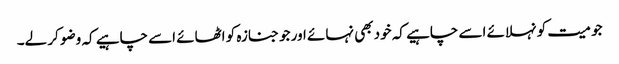
جو میت کو نہلائے اسے چاہیے کہ خود بھی نہائے اور جو جنازہ کو اٹھائے اسے چاہیے کہ وضو کر لے۔